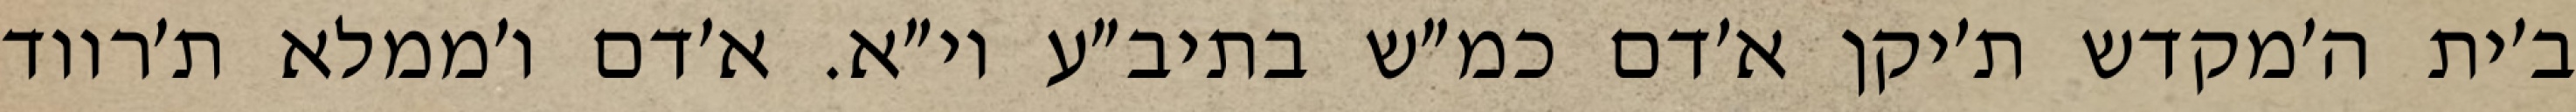
ב׳ית ה׳מקדש ת׳יקן א׳דם כמ״ש בתיב״ע וי״א. א׳דם ו׳ממלא ת׳רווד